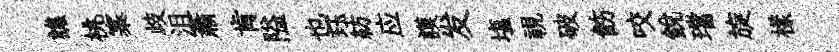
譙桃寨歧沮蕭肯隘也珏紡应謨发塩視破飭咬銳璫旋樣